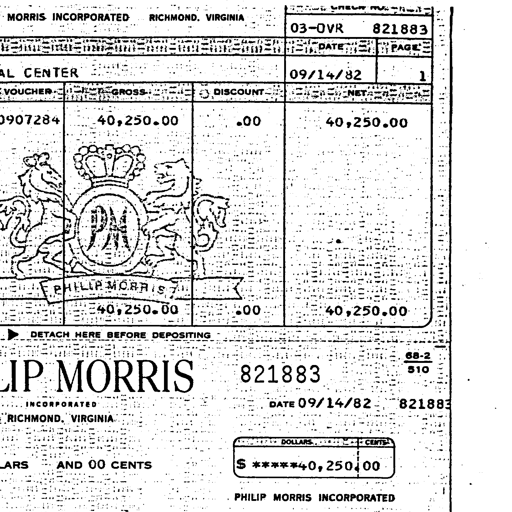
MORRIS INCORPORATED RICHMOND, VIRGINIA
03-OVR 821883
DATE PAGE
09/14/82 1
VOUCHER GROSS DISCOUNT NET
0907284 40,250.00 .00 40,250.00
PM
PHILIP MORRIS
40,250.00 .00 40,250.00
DETACH HERE BEFORE DEPOSITING
68-2
LIP MORRIS 821883 510
INCORPORATED DATE 09/14/82 821883
RICHMOND, VIRGINIA
DOLLARS CENTS
ARS AND 00 CENTS $ *****40,250.00
PHILIP MORRIS INCORPORATED